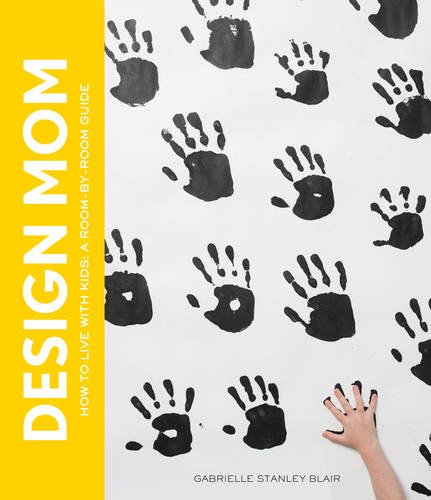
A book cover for Design Mom: How to Live with Kids: A Room-by-Room Guide; Gabrielle Stanley Blair; Crafts, Hobbies & Home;